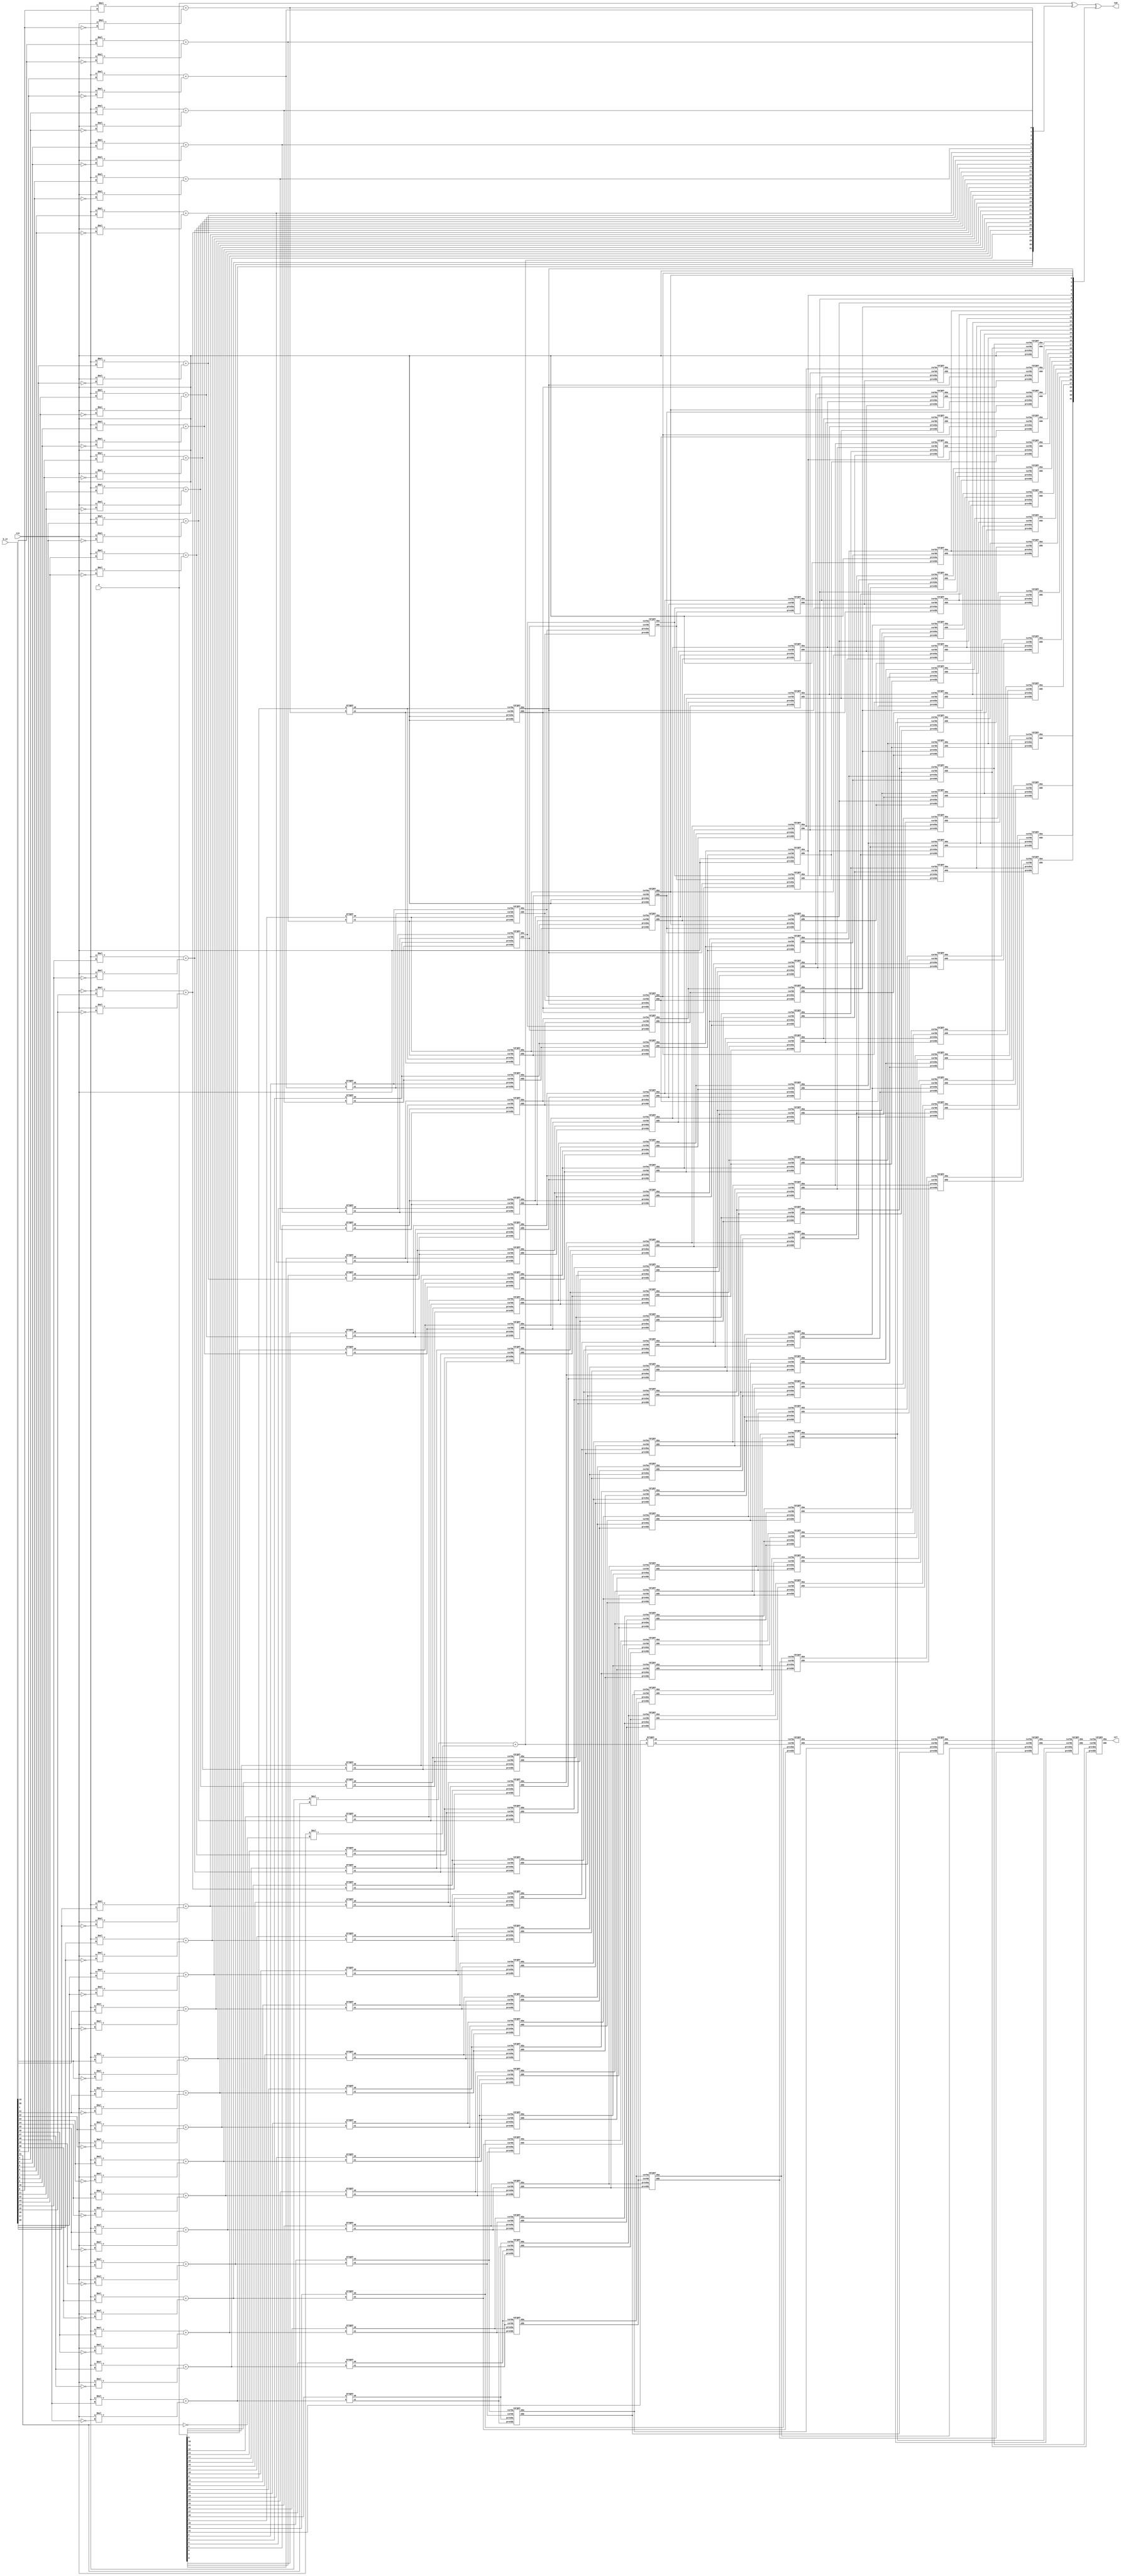
//(a,b)=(0,1)  01-prop 00kil 11gen

module recurdouble32 (a,b_in ,sum, ovl, cin);

	input [31:0] a, b_in;
	input cin;
	output reg [31:0] sum;
	output reg ovl;
	wire[31:0] b;
	genvar i;
    generate
    for(i=0;i<=31;i=i+1)begin
        //assign op[i]=o[i] and ~w_ov;
		assign b[i]= (!cin)*(b_in[i]) + (cin)*(!b_in[i]);
    end

    endgenerate
	wire [32:0] xa, xb;
	wire [32:0] xa_1, xb_1, xa_2, xb_2, xa_4, xb_4, xa_8, xb_8, xa_16, xb_16;
	

	assign xa[0] = cin;
	assign xb[0] = cin;

	always @(*)
	begin

		sum = a^b^xa_16[31:0];
		ovl = xa_16[32];	

	end
	
	pregen pref [32:1] (xb[32:1], xa[32:1], a[31:0], b[31:0]);

	assign xb_1[0] = cin;
	assign xa_1[0] = cin;
	assign xb_2[1:0] = xb_1[1:0];
	assign xa_2[1:0] = xa_1[1:0];
	assign xb_4[3:0] = xb_2[3:0];
	assign xa_4[3:0] = xa_2[3:0];
	assign xb_8[7:0] = xb_4[7:0];
	assign xa_8[7:0] = xa_4[7:0];
	assign xb_16[15:0] = xb_8[15:0];
	assign xa_16[15:0] = xa_8[15:0];

	cargen i1 [32:1] (xb[32:1], xa[32:1], xb[31:0], xa[31:0], xb_1[32:1], xa_1[32:1]);
	cargen i2 [32:2] (xb_1[32:2], xa_1[32:2], xb_1[30:0], xa_1[30:0], xb_2[32:2], xa_2[32:2]);
	cargen i4 [32:4] (xb_2[32:4], xa_2[32:4], xb_2[28:0], xa_2[28:0], xb_4[32:4], xa_4[32:4]);
	cargen i8 [32:8] (xb_4[32:8], xa_4[32:8], xb_4[24:0], xa_4[24:0], xb_8[32:8], xa_8[32:8]);
	cargen i16 [32:16] (xb_8[32:16], xa_8[32:16], xb_8[16:0], xa_8[16:0], xb_16[32:16], xa_16[32:16]);

endmodule

//(a,b)=(0,1)  01-prop 00kil 11gen

module recurdouble8 (a,b_in ,sum, ovl, cin);

	input [7:0] a, b_in;
	input cin;
	output reg [7:0] sum;
	output reg ovl;
	wire[7:0] b;
	genvar i;
    generate
    for(i=0;i<=7;i=i+1)begin
        //assign op[i]=o[i] and ~w_ov;
		assign b[i]= (!cin)*(b_in[i]) + (cin)*(!b_in[i]);
    end

    endgenerate
	wire [8:0] xa, xb;
	wire [8:0] xa_1, xb_1, xa_2, xb_2, xa_4, xb_4;
	

	assign xa[0] = cin;
	assign xb[0] = cin;

	always @(*)
	begin

		sum = a^b^xa_4[7:0];
		ovl = xa_4[8];	

	end
	
	pregen pref [8:1] (xb[8:1], xa[8:1], a[7:0], b[7:0]);

	assign xb_1[0] = cin;
	assign xa_1[0] = cin;
	assign xb_2[1:0] = xb_1[1:0];
	assign xa_2[1:0] = xa_1[1:0];
	assign xb_4[3:0] = xb_2[3:0];
	assign xa_4[3:0] = xa_2[3:0];

    //change pending
	cargen i1 [8:1] (xb[8:1], xa[8:1], xb[7:0], xa[7:0], xb_1[8:1], xa_1[8:1]);
	cargen i2 [8:2] (xb_1[8:2], xa_1[8:2], xb_1[6:0], xa_1[6:0], xb_2[8:2], xa_2[8:2]);
	cargen i4 [8:4] (xb_2[8:4], xa_2[8:4], xb_2[4:0], xa_2[4:0], xb_4[8:4], xa_4[8:4]);

endmodule


module recurdouble4 (a,b_in ,sum, ovl, cin);

	input [3:0] a, b_in;
	input cin;
	output reg [3:0] sum;
	output reg ovl;
	wire[3:0] b;
	genvar i;
    generate
    for(i=0;i<=3;i=i+1)begin
        //assign op[i]=o[i] and ~w_ov;
		assign b[i]= (!cin)*(b_in[i]) + (cin)*(!b_in[i]);
    end

    endgenerate
	wire [4:0] xa, xb;
	wire [4:0] xa_1, xb_1, xa_2, xb_2;
	

	assign xa[0] = cin;
	assign xb[0] = cin;

	always @(*)
	begin

		sum = a^b^xa_2[4:0];
		ovl = xa_2[4];	

	end
	
	pregen pref [4:1] (xb[4:1], xa[4:1], a[3:0], b[3:0]);

	assign xb_1[0] = cin;
	assign xa_1[0] = cin;
	assign xb_2[1:0] = xb_1[1:0];
	assign xa_2[1:0] = xa_1[1:0];

    
	cargen i1 [4:1] (xb[4:1], xa[4:1], xb[3:0], xa[3:0], xb_1[4:1], xa_1[4:1]);
	cargen i2 [4:2] (xb_1[4:2], xa_1[4:2], xb_1[2:0], xa_1[2:0], xb_2[4:2], xa_2[4:2]);

endmodule

module pregen(
	output reg o1, o0,
	input a, b
);
	always @*
	case ({a, b})
		2'b00: begin
			o0 = 1'b0; o1 = 1'b0;
		end
		2'b11: begin
			o0 = 1'b1; o1 = 1'b1;
		end
		default: begin 
			o0 = 1'b0; o1 = 1'b1;
		end
	endcase
	// assign o0=a*b;
	// assign o1=(!a)|(!b);
endmodule

module cargen (input curbb, curba, prevbb, prevba,
output reg obb, oba
);
	always @(*)
	begin
	
		if({curbb, curba} == 2'b00)
			{obb, oba} = 2'b00;
		
		if({curbb, curba} == 2'b11)
			{obb, oba} = 2'b11;

		if({curbb, curba} == 2'b10)
			{obb, oba} = {prevbb, prevba};

	end
	// assign obb=(curba*curbb)+(curba*!curbb)*prevbb;
	// assign oba=(curba*curbb)+(curba*!curbb)*prevba;
endmodule